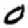
Digit: 0